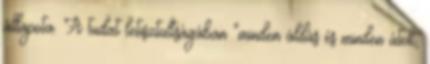
állapota. A tudat letisztultságában "minden áldás és minden átok,